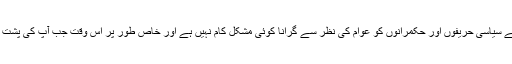
احتجاجی سیاست سے سیاسی حریفوں اور حکمرانوں کو عوام کی نظر سے گرانا کوئی مشکل کام نہیں ہے اور خاص طور پر اس وقت جب آپ کی پشت پر با اثر قوتیں ہوں۔